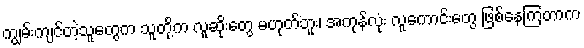
ကျွမ်းကျင်တဲ့သူတွေက သူတို့က လူဆိုးတွေ မဟုတ်ဘူး၊ အကုန်လုံး လူကောင်းတွေ ဖြစ်နေကြတာက